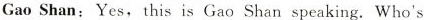
Gao Shan:Yes, this is Gao Shan speaking.Who's